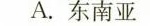
A.东南亚